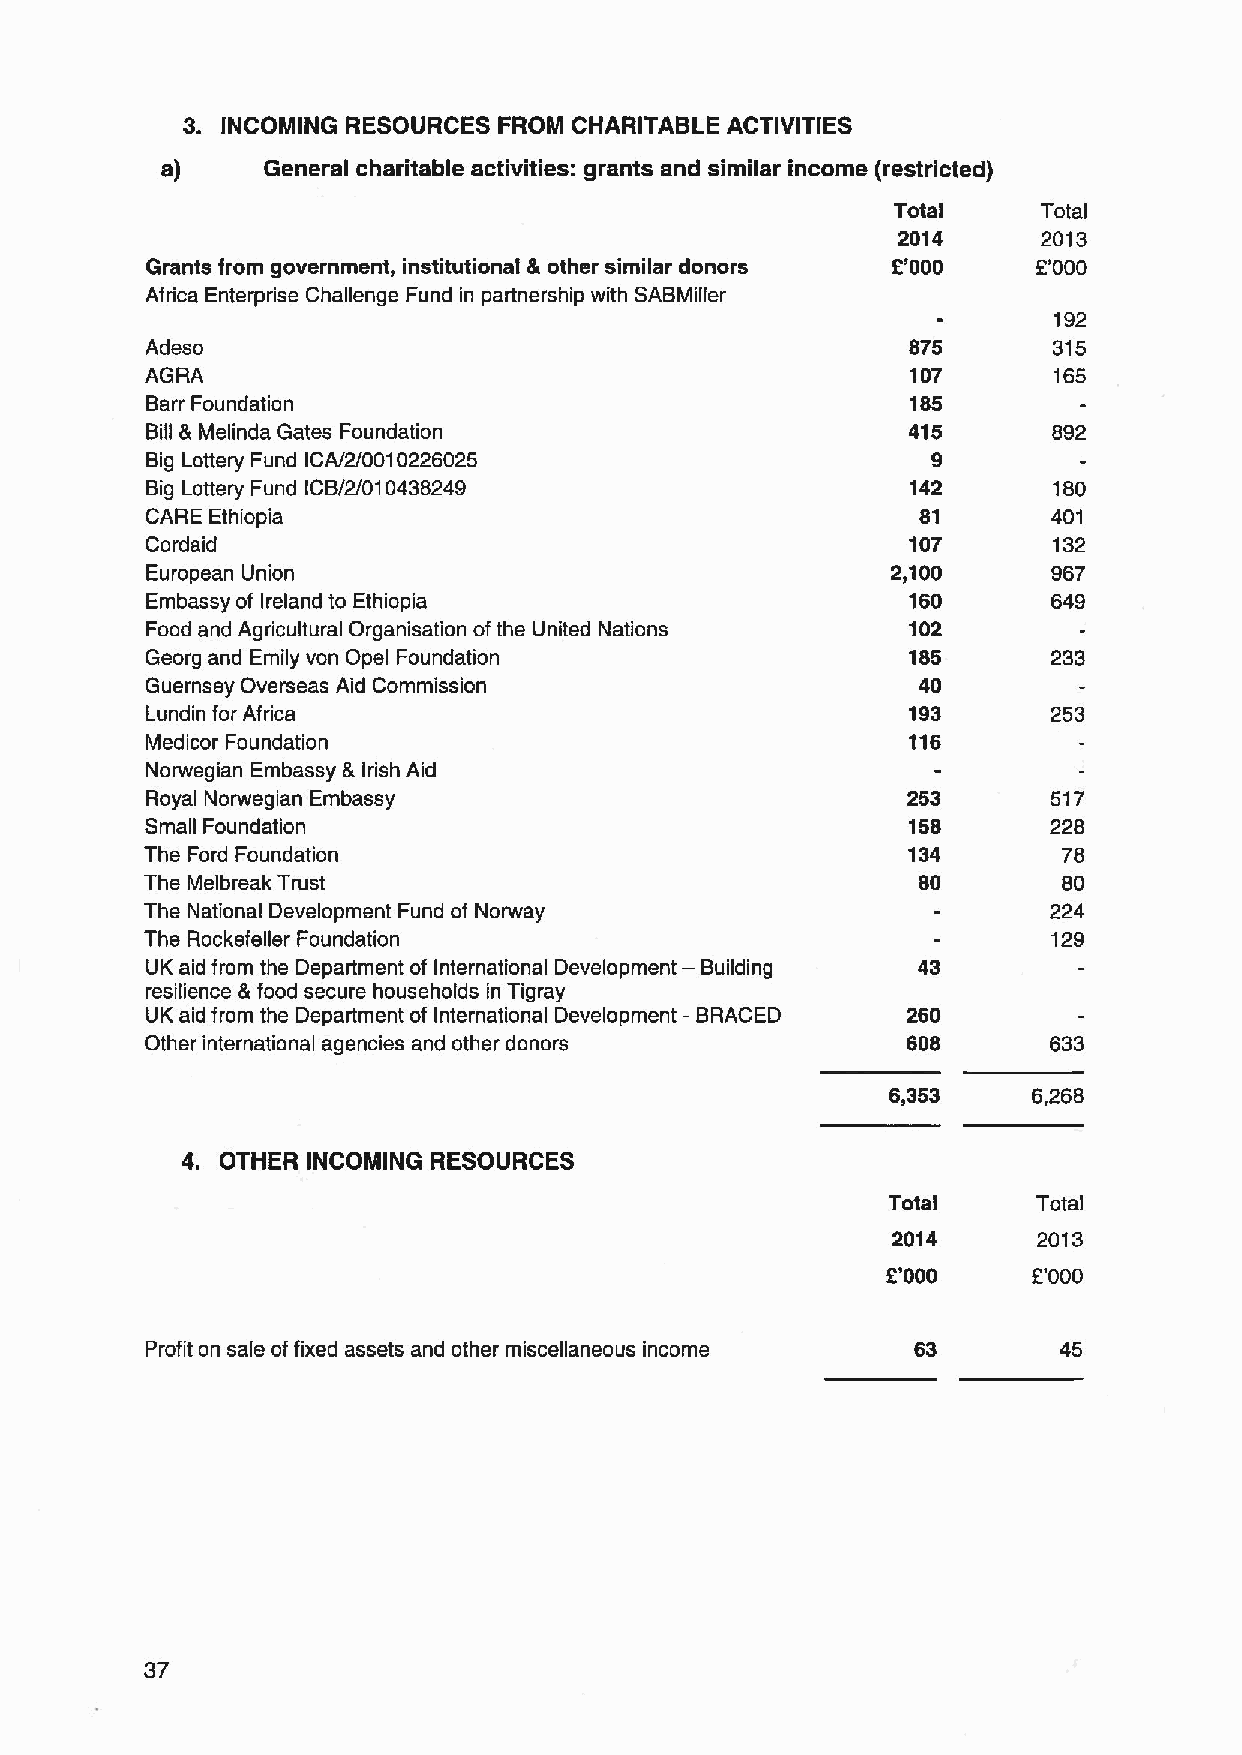
3. INCOMING RESOURCES FROM CHARITABLE ACTIVITIES
 a)    General charitable activities: grants and similar income (restricted)
 Total     Total
 2014      2013
 Grants from government, institutional &other similar donors 8'000 2'000
 Africa Enterprise Challenge Fund in partnership with SABMiller
 192
 Adeso                                             875       315
 AGRA                                              107       165
 Barr Foundation                                   185
 Bill &Melinda Gates Foundation                    415       892
 Big Lottery Fund ICA/2/0010226025                   9
 Big Lottery Fund ICB/2/010438249                  142       180
 CARE Ethiopia                                      81       401
 Cordaid                                           107       132
 European Union                                   2,100      967
 Embassy of Ireland to Ethiopia                    160       649
 Food and Agricultural Organisation ofthe United Nations 102
 Georg and Emily von Opel Foundation               185       233
 Guernsey Overseas Aid Commission                   40
 Lundin for Africa                                 193       253
 Medicor Foundation                                116
 Norwegian Embassy &Irish Aid
 Royal Norwegian Embassy                           253       517
 Small Foundation                                  158       228
 The Ford Foundation                               134       78
 The Melbreak Trust                                 80       80
 The National Development Fund of Norway                     224
 The Rockefeller Foundation                                  129
 —
 UK aid from the Department of International Development Building 43
 resilience &food secure households in Tigray
 UK aid from the Department of International Development —BRACED 260
 Other international agencies and other donors     608       633
 6,353    6,268
 4. OTHER INCOMING RESOURCES
 Total     Total
 2014      2013
 2'000    2'000
 Profit on sale offixed assets and other miscellaneous income 63 45
 37